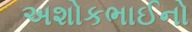
અશોકભાઈનો